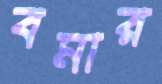
বমার